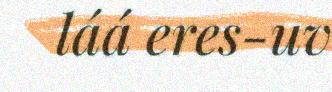
láá eres-uv